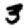
Digit: 3